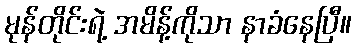
မုန်တိုင်းရဲ့ အမိန့်ကိုသာ နာခံနေပြီ။